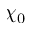
\chi _ { 0 }